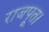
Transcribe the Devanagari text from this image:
राजपूत।